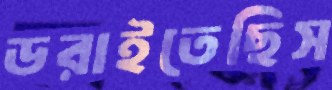
ডরাইতেছিস